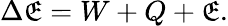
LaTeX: \Delta{}\mathfrak{E}=W+Q+\mathfrak{E}.